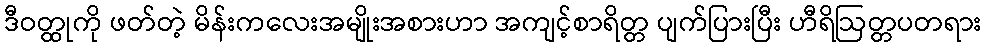
ဒီဝတ္ထုကို ဖတ်တဲ့ မိန်းကလေးအမျိုးအစားဟာ အကျင့်စာရိတ္တ ပျက်ပြားပြီး ဟီရိဩတ္တပတရား